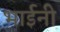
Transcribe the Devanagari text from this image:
भाईनी